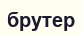
брутер